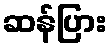
ဆန်ပြား